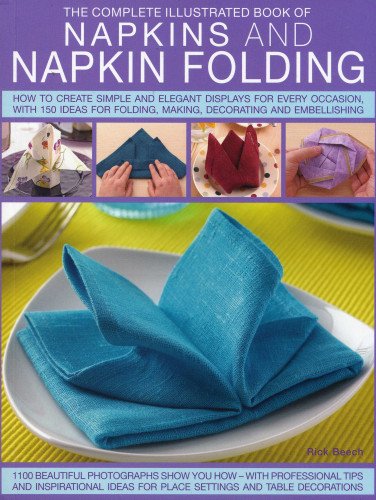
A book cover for Complete Illustrated Book of Napkins and Napkin Folding: How to create simple and elegant displays for every occasion, with more than 150 ideas for folding, making, decorating and embellishing; Rick Beech; Cookbooks, Food & Wine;